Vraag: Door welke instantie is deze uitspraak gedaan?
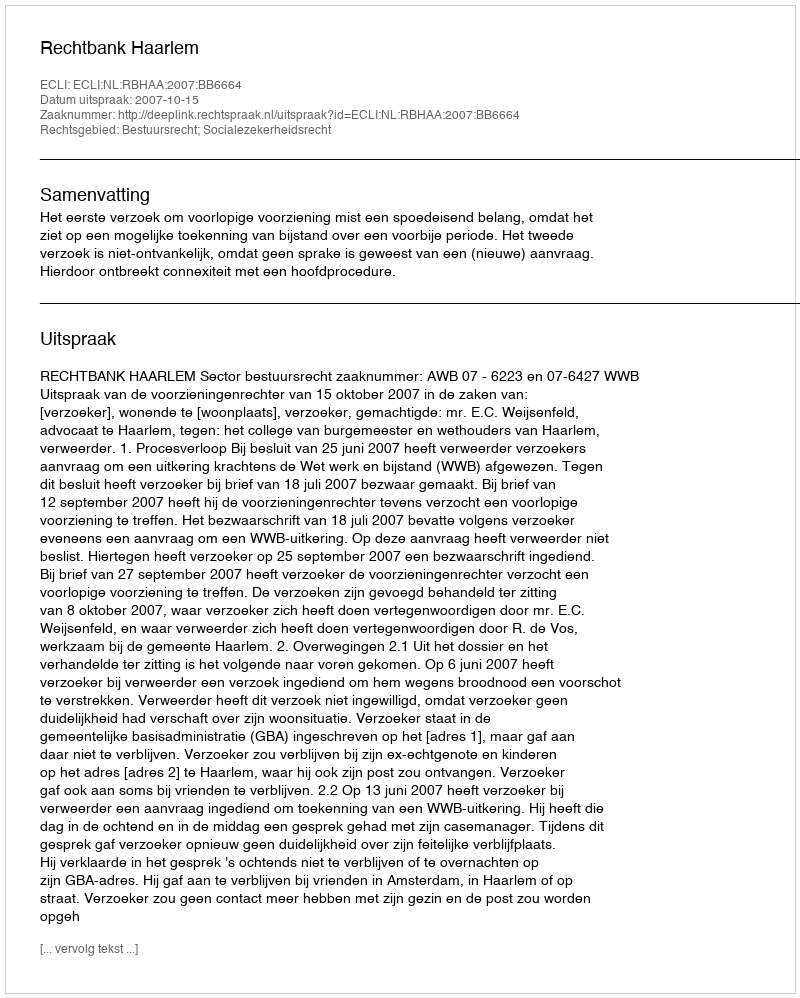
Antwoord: Rechtbank Haarlem